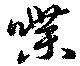
喋